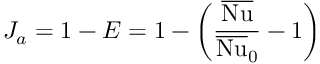
J _ { a } = 1 - E = 1 - \left( \frac { \overline { { \mathrm { N u } } } } { \overline { { \mathrm { N u } } } _ { \mathrm { 0 } } } - 1 \right)